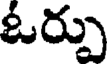
ఓర్పు